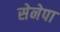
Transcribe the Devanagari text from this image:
सेनेपा